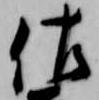
佐